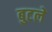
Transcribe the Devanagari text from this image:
बुटले